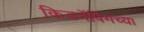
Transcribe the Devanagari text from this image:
किडनॅपिंगच्या